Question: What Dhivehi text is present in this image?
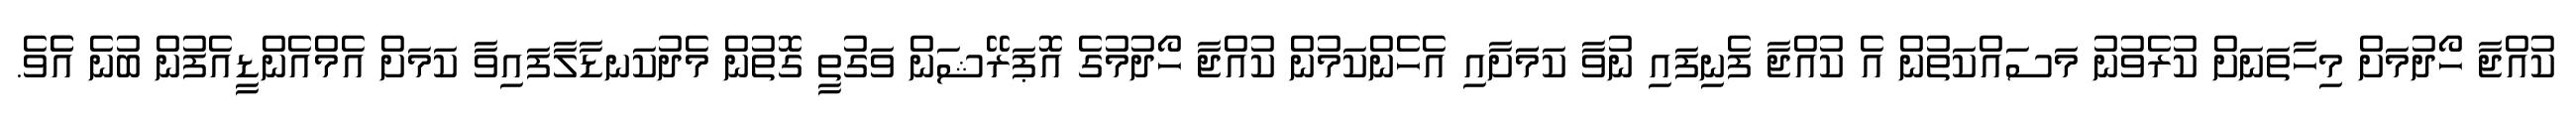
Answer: ކުއްޖާ ހޯދުމަށް މިހާތަނަށް ކުރެވުނު މަސައްކަތުން އެ ކުއްޖާ ފެނިފައި ނުވާ ކަމަަށާއި އެހެންކަމުން ކުއްޖާ ހޯދުމުގެ އޮޕަރޭޝަން ވަގުތީ ގޮތުން މެދުކަނޑާލާފައިވާ ކަމަށް އެމްއެންޑީއެފުން ބުނެ އެެވެ.